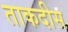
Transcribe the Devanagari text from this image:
ताकदीस